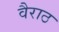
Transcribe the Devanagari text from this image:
वैराठ